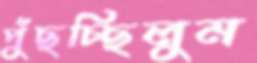
পুঁছচ্ছিলুম